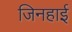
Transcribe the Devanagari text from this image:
जिनहाई